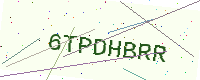
Text: 6TPDHBRR